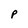
Character: P